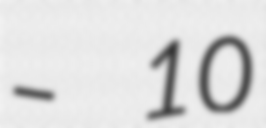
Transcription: – 10